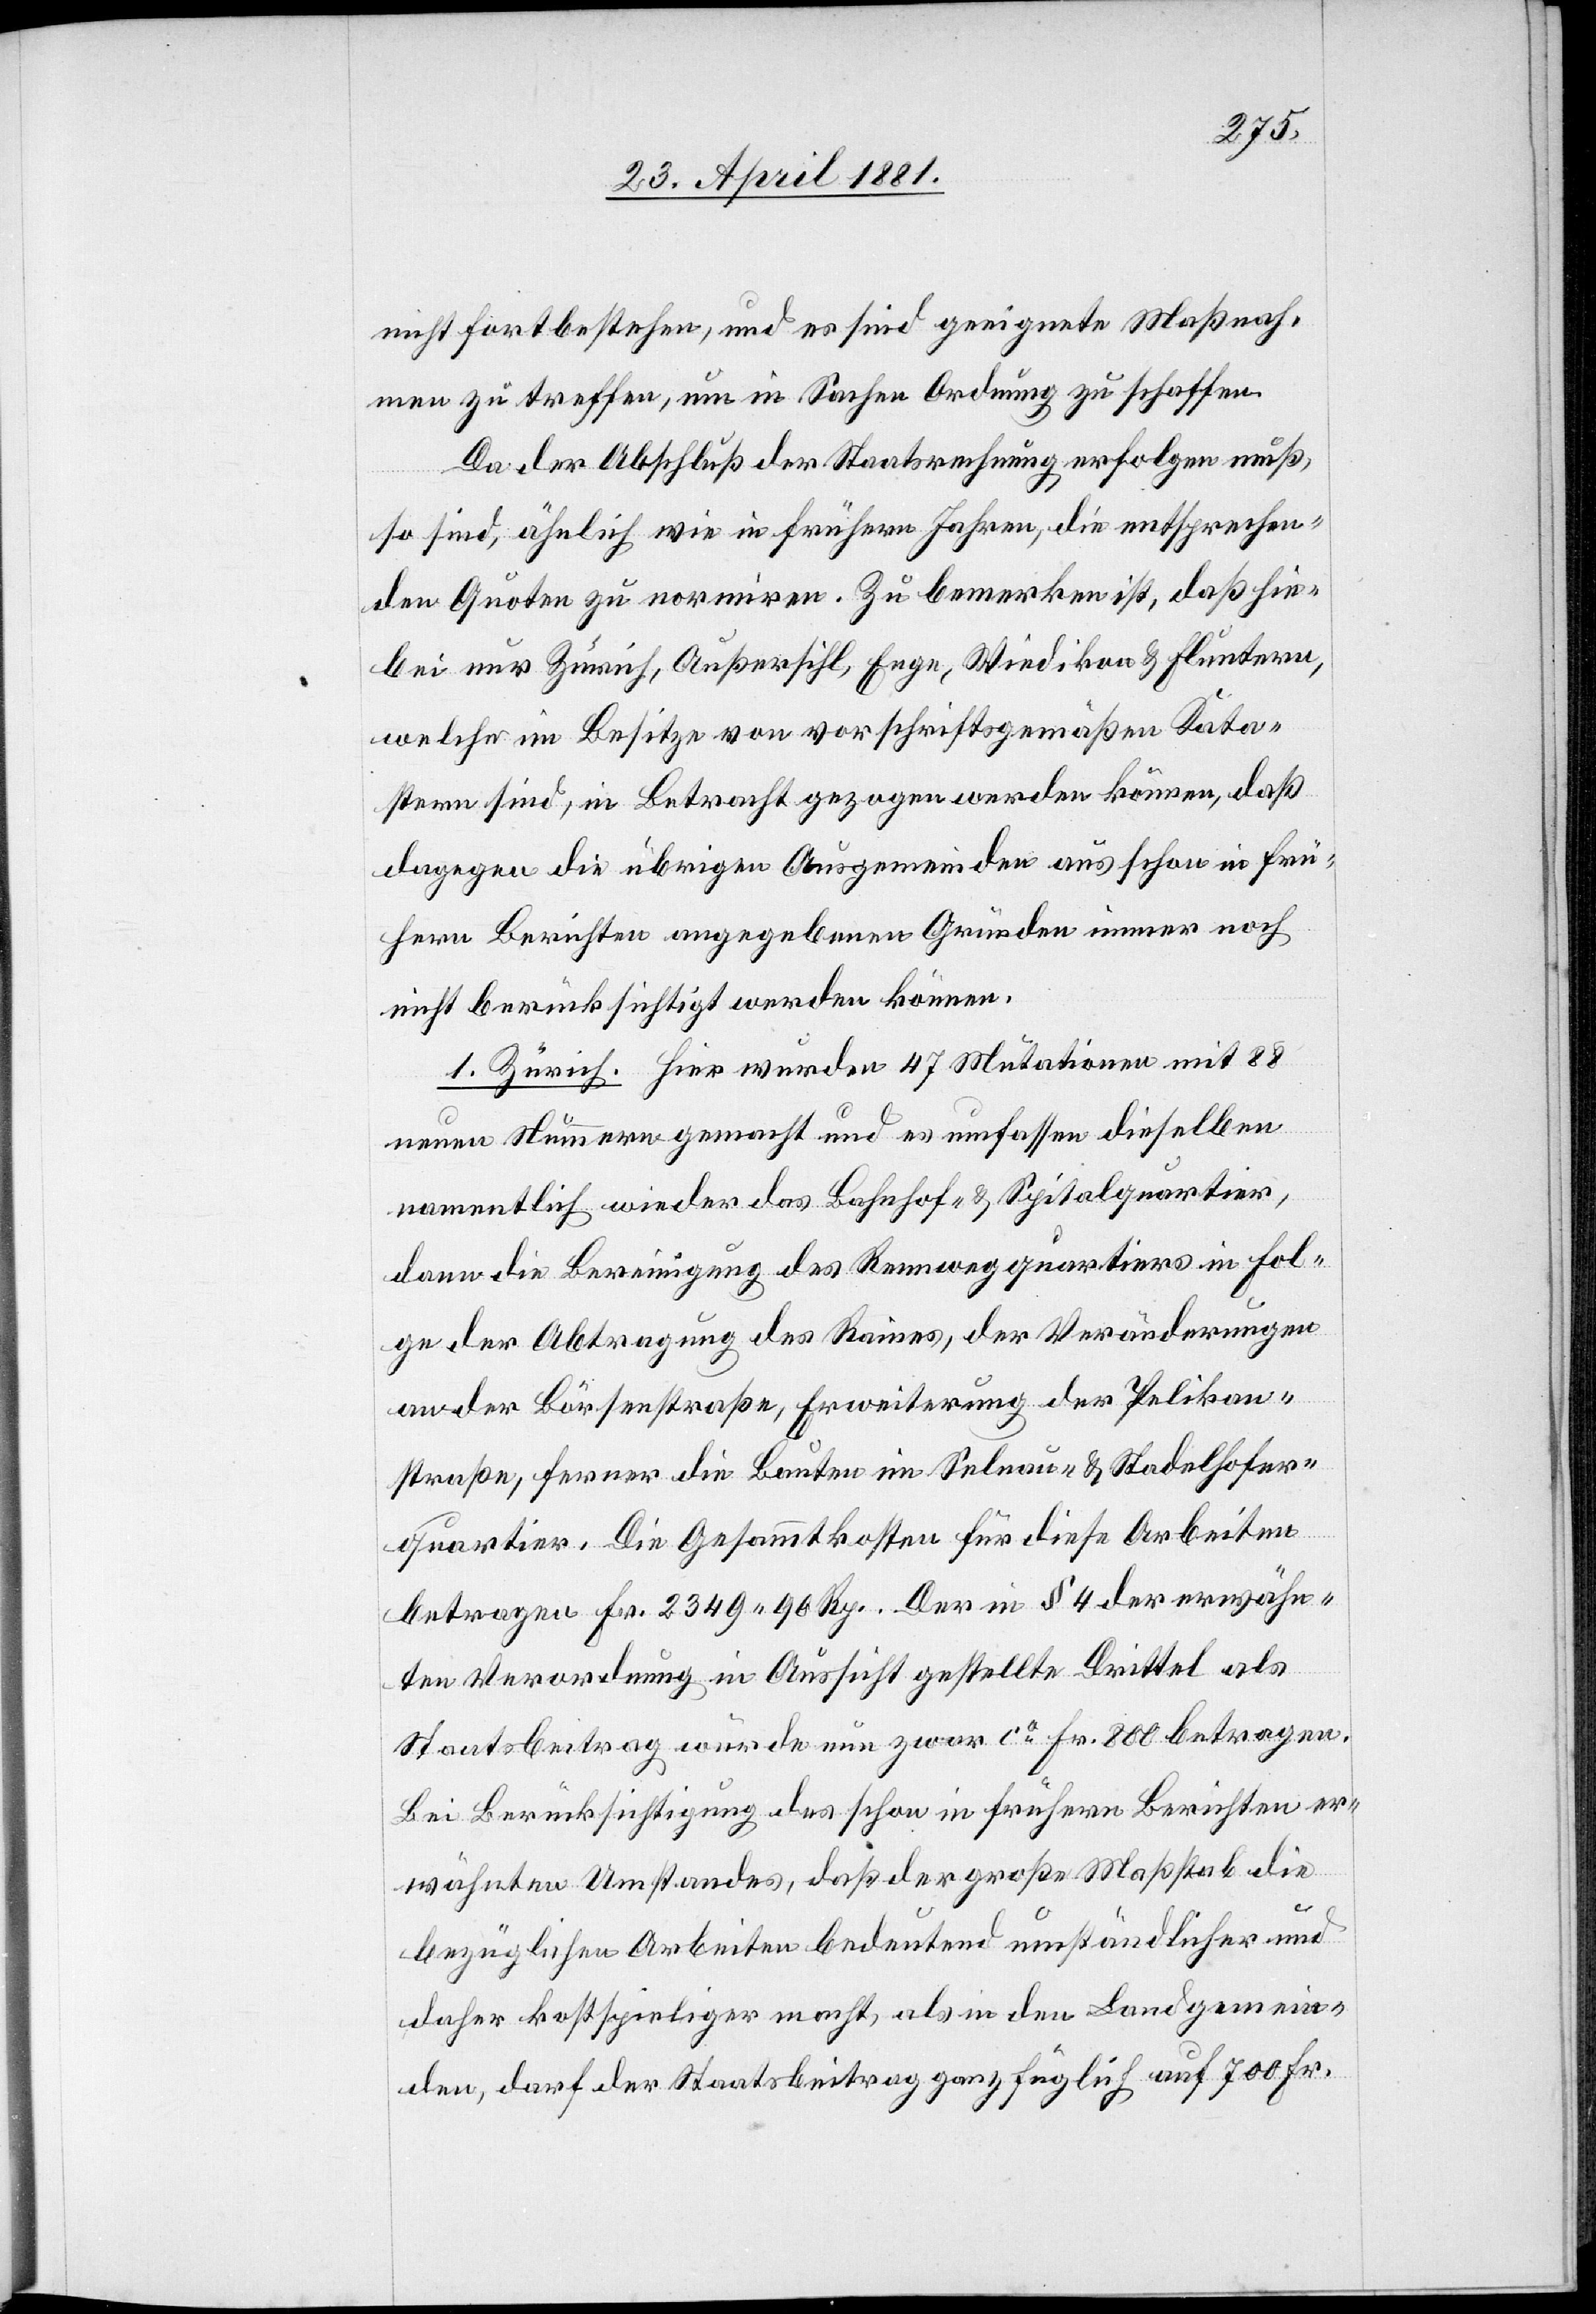
nicht fortbestehen, und es sind geeignete Maßnah¬
men zu treffen, um in Sachen Ordnung zu schaffen.
Da der Abschluß der Staatsrechnung erfolgen muß,
so sind, ähnlich wie in frühern Jahren, die entsprechen¬
den Quoten zu normiren. Zu bemerken ist, daß hie¬
bei nur Zürich, Außersihl, Enge, Wiedikon & Fluntern,
welche im Besitze von vorschriftsgemäßen Kata¬
stern sind, in Betracht gezogen werden können, daß
dagegen die übrigen Ausgemeinden aus schon in frü¬
hern Berichten angegebenen Gründen immer noch
nicht berücksichtigt werden können.
1. Zürich. Hier wurden 47 Mutationen mit 88
neuen Nummern gemacht und es umfassen dieselben
namentlich wieder das Bahnhof- & Spitalquartier,
dann die Bereinigung des Rennwegquartiers in Fol¬
ge der Abtragung des Raines, der Veränderungen
an der Börsenstraße, Erweiterung der Pelikan¬
straße, ferner die Bauten im Selnau- & Stadelhofer¬
quartier. Die Gesammtkosten für diese Arbeiten
betragen Fr. 2349 90 Rp. Der in § 4 der erwähn¬
ten Verordnung in Aussicht gestellte Drittel als
Staatsbeitrag würde nun zwar ca Fr. 800 betragen.
Bei Berücksichtigung des schon in frühern Berichten er¬
wähnten Umstandes, daß der große Maßstab die
bezüglichen Arbeiten bedeutend umständlicher und
daher kostspieliger macht, als in den Landgemein¬
den, darf der Staatsbeitrag ganz füglich auf 700 Fr.